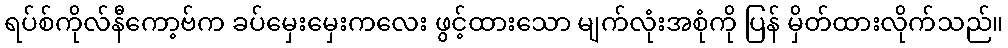
ရပ်စ်ကိုလ်နီကော့ဗ်က ခပ်မှေးမှေးကလေး ဖွင့်ထားသော မျက်လုံးအစုံကို ပြန် မှိတ်ထားလိုက်သည်။